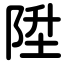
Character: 陞